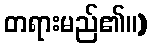
တရားမည်၏။)